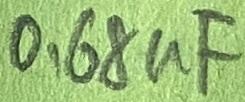
Text: 0,68µF